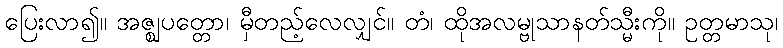
ပြေးလာ၍။ အဇ္ဈပတ္တော၊ မှီတည့်လေလျှင်။ တံ၊ ထိုအလမ္ဗုသာနတ်သ္မီးကို။ ဥတ္တမာသု၊